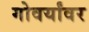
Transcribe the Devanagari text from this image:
गोवर्यांवर